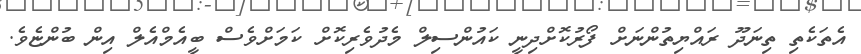
އެތަކެތި ތިނަދޫ ރައްޔިތުންނަށް ފޯރުކޮށްދިނީ ކައުންސިލް މެދުވެރިކޮށް ކަމަށްވެސް ބީއެމްއެލް އިން ބުންޏެވެ.